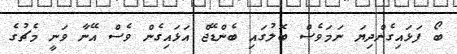
ބޯ ފަޅައިގެންދިޔަ ނަމަވެސް ބޮލުގައި ބެންޑޭޖް އަޅައިގެން ވެސް އޭނާ ވަނީ މެޗުގެ